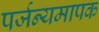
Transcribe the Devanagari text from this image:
पर्जन्यमापक